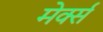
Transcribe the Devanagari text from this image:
मेर्क्स